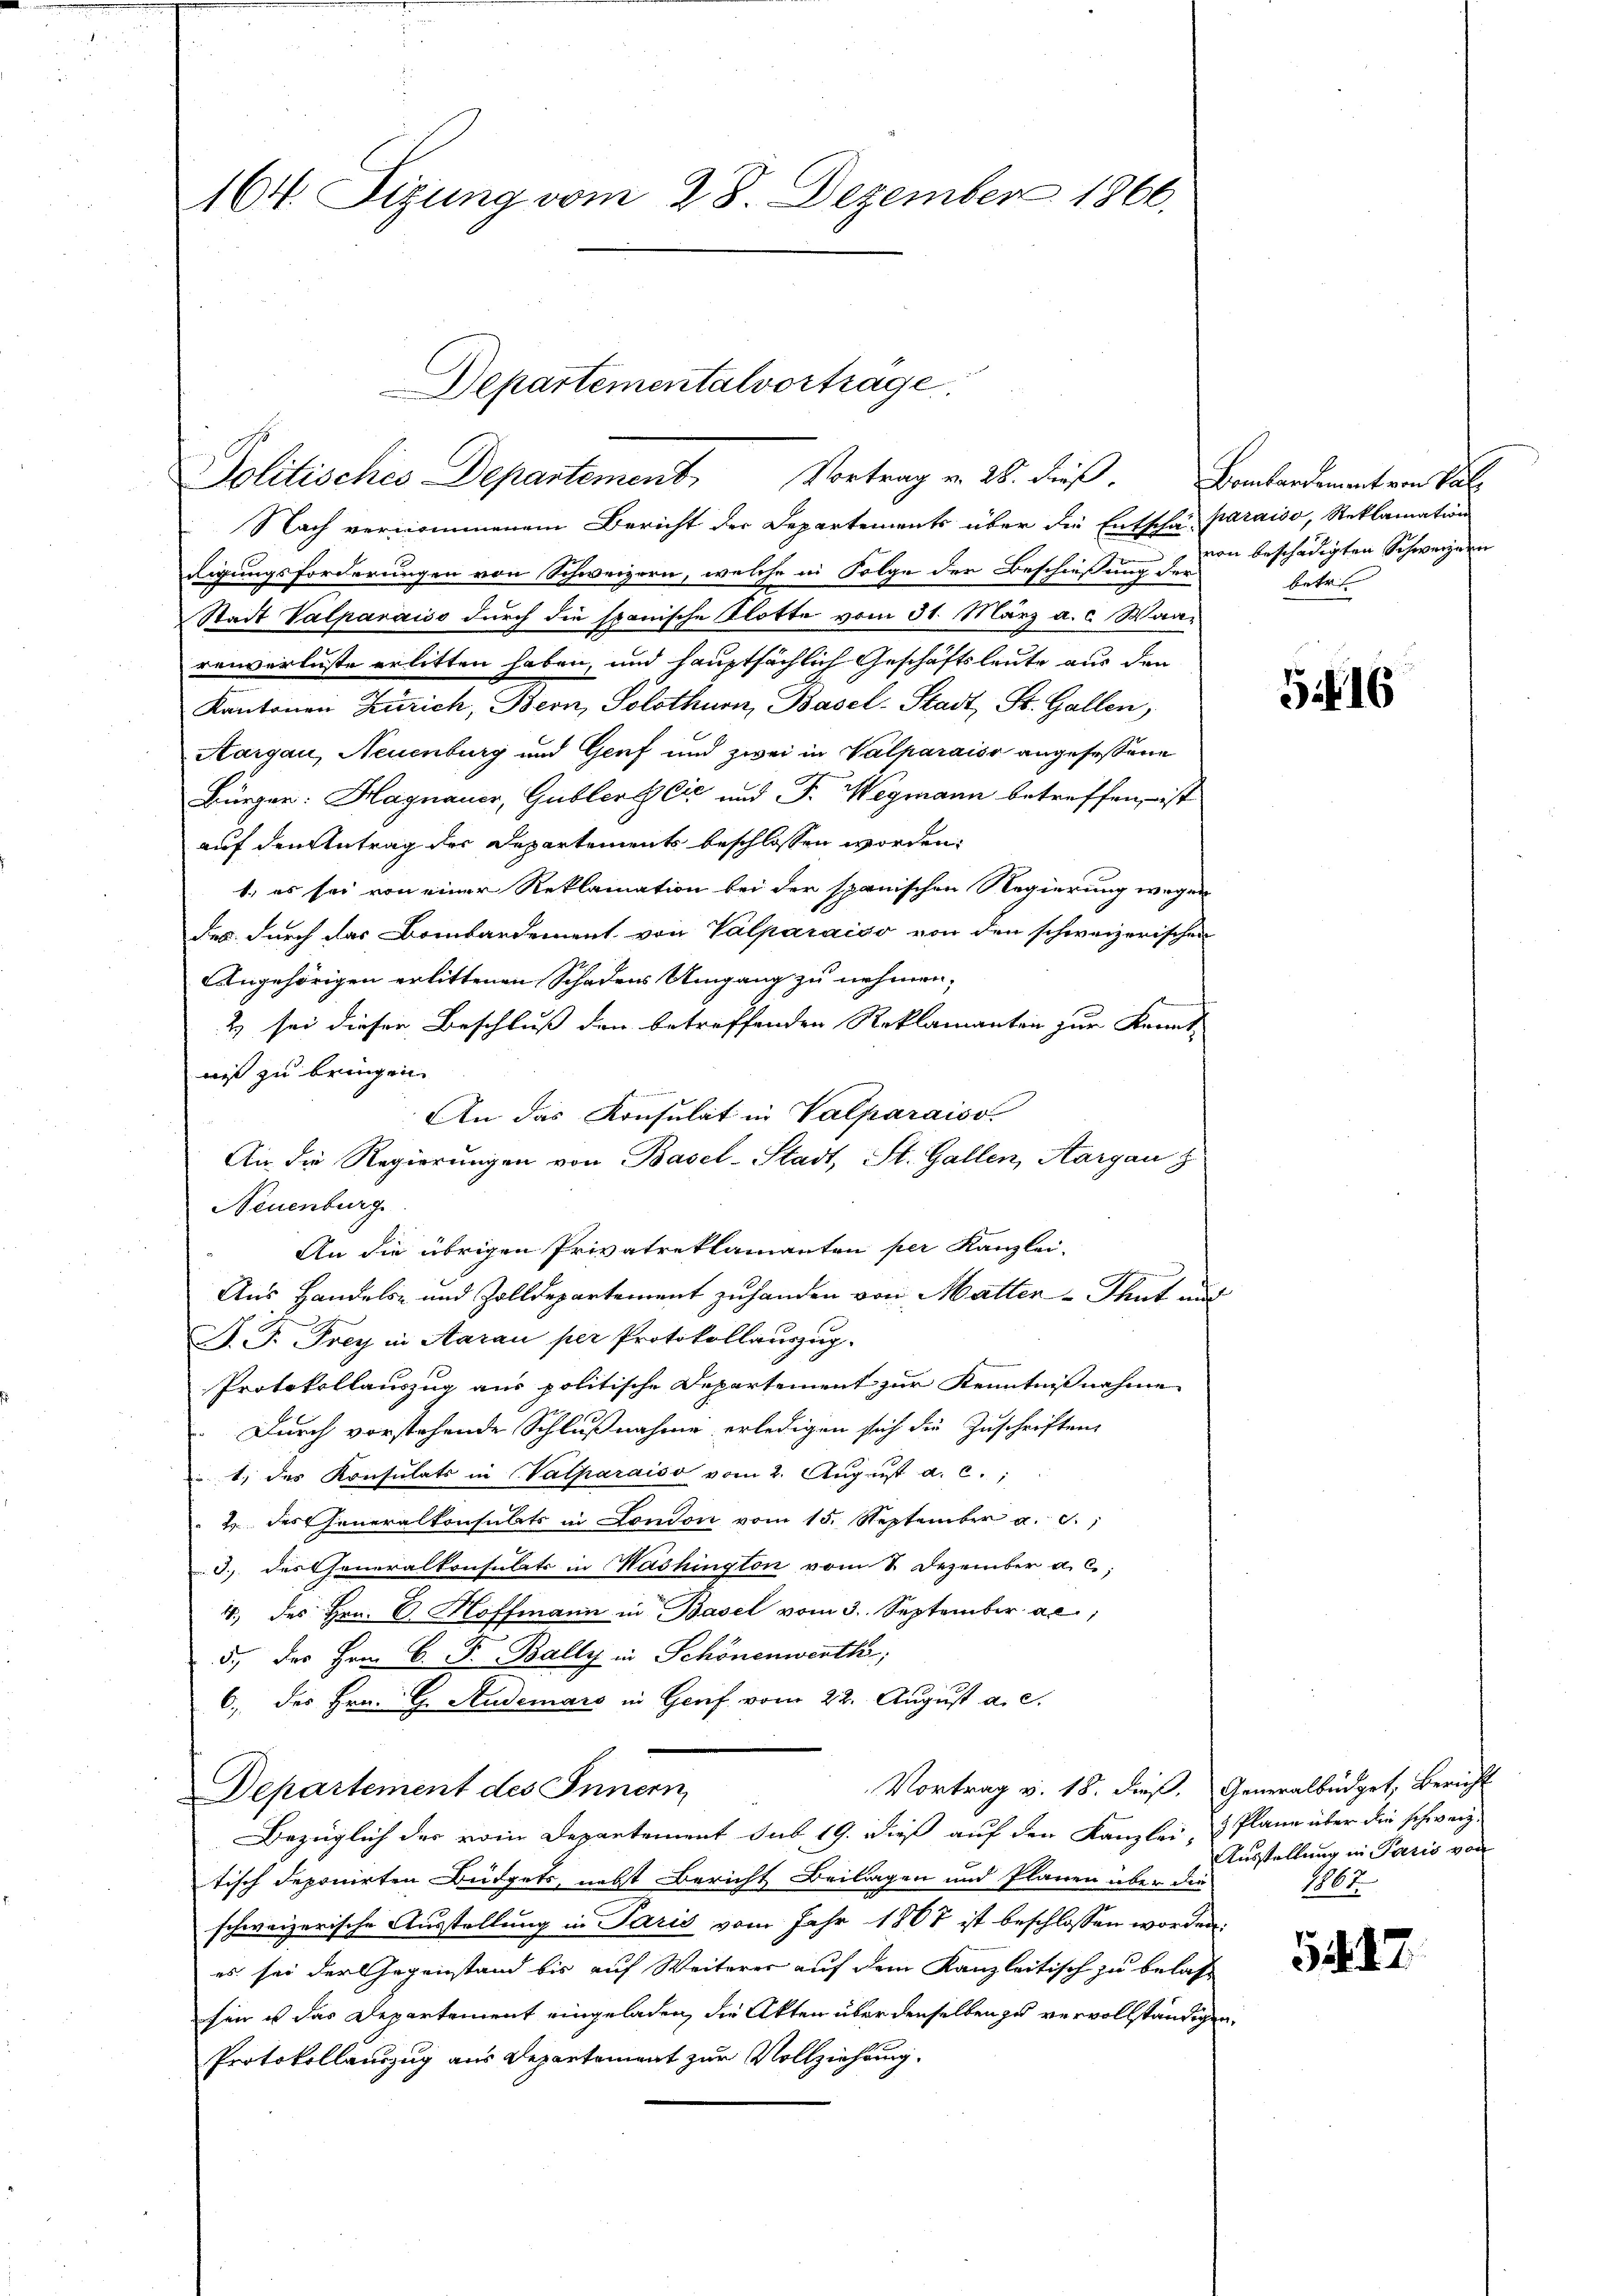
164. Sizung vom 28. Dezember 1866.

Departemental vorträge.
Politisches Departement. Vortrag v. 28. dieß. Bombardement von Sal

Nach vernommenem Bericht der Departements über die Entscha paraiso, Reklamation
digungsforderungen von Schweizern, welche in Folge der Beschießung und beschädigten Schweizern
Stadt Valparaiso durch die spanische Klotte vom 31. März a. c. Waarenverluste erlitten haben, und hauptsächlich Geschäftsleute aus den
Kantonen Zürich, Bern, Solothurn, Basel-Stadt, St. Gallen,
Aargau, Neuenburg und Genf und zwei in Valparaiso angesessene
Bürger: Hagnauer, Gublert Cić und J. Wegmann betreffen, ist
auf den Antrag der Departements beschlossen worden.
1.) es sei von einer Reklamation bei der spanischen Regierung wegen
Des durch das Bombardement von Valparaiso von den schweizerischen
Angehörigen erlittenen Schadens Umgang zu nehmen,
2) sei dieser Beschluß den betreffenden Reklamanten zur Kennt-
niß zu bringen.
An das Konsulat in Valparaiso
An die Regierungen von Basel-Stadt, St. Gallen, Aargau z
Neuenburg
An die übrigen Privatreklamanten per Kanzlei-
Aus Handels- und Zolldepartement zu handen von Matter-Thut und
J. P. Frey in Aarau per Protokollauszug.
Protokollauszug aus politische Departement zur Kenntnißnahme
 Durch vorstehende Schlußnahme erledigen sich die Zuschriften
1. des Konsulats in (Vatparaiso vom 2. August a. c.,
" 2 des Generalkonsubts in London vom 15. September a. 0.,
3. des Generalkonsulats in Washington vom 8. Dezember a. c.,
1 des Hrn. C. Hoffmann in Basel vom 3. September ac
5., des Hrn. C. J. Bally in Schönenwerth;
6., des Hrn. G. Ruderars in Genf vom 22. August a. c.
Vortrag v. 18. dieß. Generalbüdget, Bericht
Departement des Innern,
Bezüglich der vom Departement sub 19. dieß auf den Kanzlei- & Plane über die schweiz.
tisch deponirten Büdgets, nebst Bericht Beilagen und Plänen über die
schweizerische Ausstellung in Paris vom Jahr 1867 ist beschlossen worden.
es sei der Gegenstand bis auf Weiterer auf dem Kanzleitisch zu belas
sen ist das Departement eingeladen, die Akten über denselben zu vervollständigen
Protokollauszug aus Departement zur Vollziehung.

betr.

516

Ausstellung in Paris von
1867.

5417.